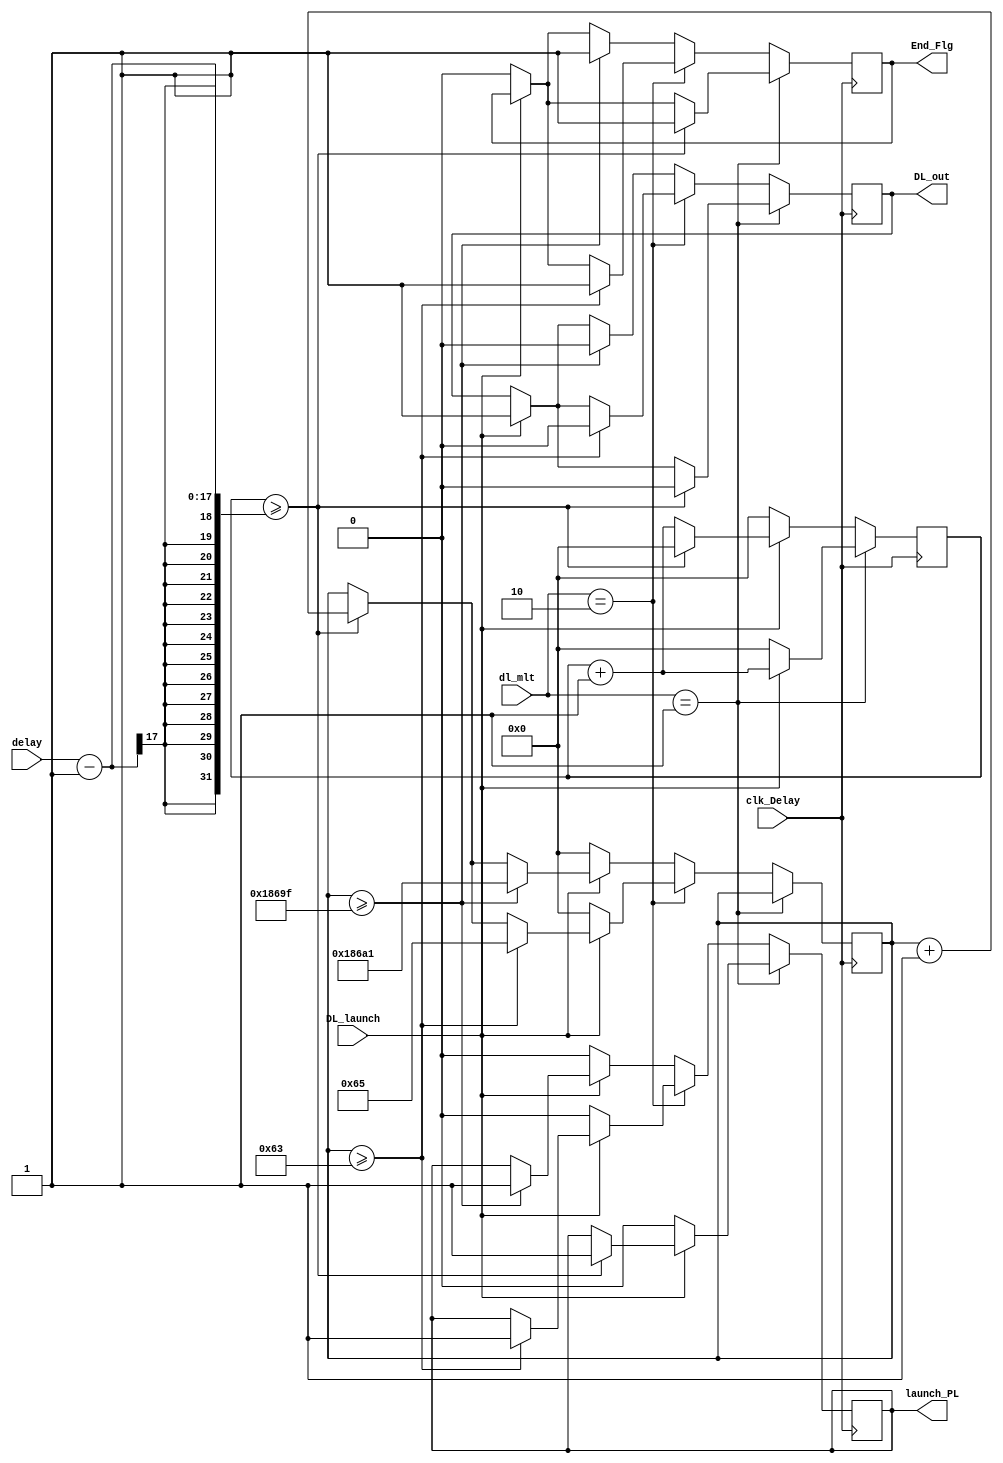
/////////////////////////////////////////////////////////////////
// Name File : Delay.v 														//
// Autor : Dyomkin Pavel Mikhailovich 									//
// Company : GSC RF TRINITI												//
// Description : The generator of a delay between light pulses	//
// Start design : 28.10.2020 												//
// Last revision : 28.10.2020 											//
/////////////////////////////////////////////////////////////////

module Delay (input clk_Delay, DL_launch,
				  input [16:0] delay,
				  input [4:0] dl_mlt, 
				  output reg DL_out, launch_PL, End_Flg 
				 );
				
reg [20:0] cnt1;
reg [20:0] cnt2;
initial cnt1 <= 1'b0;
initial cnt2 <= 1'b0;
initial DL_out <= 1'b0;
initial launch_PL <= 1'b0;

initial End_Flg <= 1'b0;      


always @(posedge clk_Delay) begin

if (DL_launch == 1'b0) begin
	End_Flg <= 1'b0;
end


if (dl_mlt == 4'd1) begin		
		
		if (DL_launch == 1'b1) begin
			cnt1 <= cnt1 + 1'b1;
			DL_out <= 1'b1;
		end
		
		if (cnt1 >= delay - 1) begin
			DL_out <= 1'b0;
			launch_PL <= 1'b1;
			End_Flg <= 1'b1;
		end	
		
		if (DL_launch == 1'b0) begin
			cnt1 <= 1'b0;
		   launch_PL <= 1'b0;	
		end
end


else if (dl_mlt == 4'd2) begin		
		
		if (DL_launch == 1'b1) begin
			cnt1 <= cnt1 + 1'b1;
			DL_out <= 1'b1;
		end
		
		if (cnt1 >= delay - 1) begin
			cnt2 <= cnt2 + 1'b1;
			cnt1 <= 1'b0;		
		end
		
		if (cnt2 >= 99) begin

			DL_out <= 1'b0;
			launch_PL <= 1'b1;
			End_Flg <= 1'b1;
			cnt2 <= 101;
		end	
		
		if (DL_launch == 1'b0) begin
			cnt1 <= 1'b0;
			cnt2 <= 1'b0;
		   launch_PL <= 1'b0;	
		end
end
		

else begin		
		
		if (DL_launch == 1'b1) begin
			cnt1 <= cnt1 + 1'b1;
			DL_out <= 1'b1;
		end
		
		if (cnt1 >= delay - 1) begin
			cnt2 <= cnt2 + 1'b1;
			cnt1 <= 1'b0;		
		end
		
		if (cnt2 >= 99999) begin
			DL_out <= 1'b0;
			launch_PL <= 1'b1;
			End_Flg <= 1'b1;
			cnt2 <= 100001;
		end	
		
		if (DL_launch == 1'b0) begin
			cnt1 <= 1'b0;
			cnt2 <= 1'b0;
		   launch_PL <= 1'b0;	
		end
end



		
	
end




endmodule